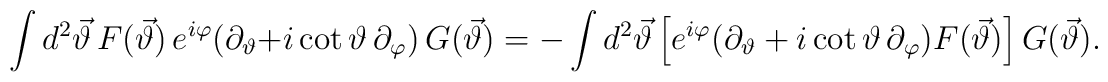
\int d^{2}\vec{\vartheta}\,F(\vec{\vartheta})\,e^{i\varphi}(\partial_{\vartheta}+i\cot \vartheta\,\partial_{\varphi})\,G(\vec{\vartheta})=-\int d^{2}\vec{\vartheta}\left[e^{i\varphi}(\partial_{\vartheta}+i\cot \vartheta\,\partial_{\varphi})F(\vec{\vartheta})\right]G(\vec{\vartheta}).